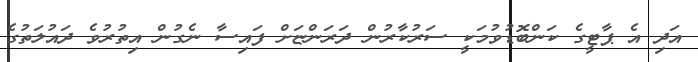
އަދި އެ ޕާޓީގެ ކަންބޮޑުވުމަކީ ސަރުކާރުން ދަރަންޏަށް ފައިސާ ނެގުން އިތުރުވެ ދައުލަތުގެ